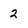
Character: 2